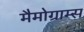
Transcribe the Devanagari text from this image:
मैमोग्राम्स